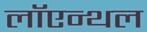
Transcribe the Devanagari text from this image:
लॉएन्थल